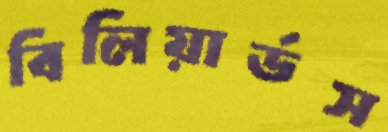
বিলিয়ার্ডস